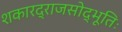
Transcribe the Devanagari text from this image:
शकारद्राजसोद्भूतिः